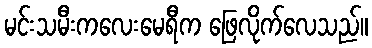
မင်းသမီးကလေးမေရီက ဖြေလိုက်လေသည်။